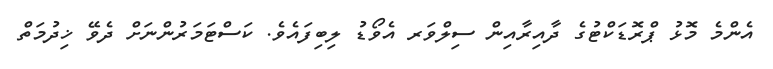
އެންމެ މޮޅު ޕްރޮޑަކްޓުގެ ދާއިރާއިން ސިލްވަރ އެވޯޑު ލިބިފައެވެ. ކަސްޓަމަރުންނަށް ދެވޭ ޚިދުމަތް